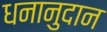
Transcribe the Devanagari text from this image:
धनानुदान